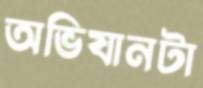
অভিযানটা